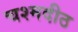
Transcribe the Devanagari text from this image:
चश्मदीठ